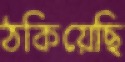
ঠকিয়েছি